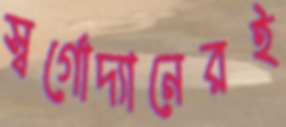
স্বর্গোদ্যানেরই